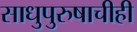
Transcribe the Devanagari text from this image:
साधुपुरुषाचीही